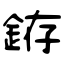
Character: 銌